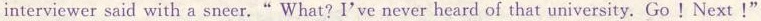
interviewer said with a sneer." What? I've never heard of that university. Go !Next !"